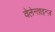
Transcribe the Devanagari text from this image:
वेलेन्ताइन्ज़